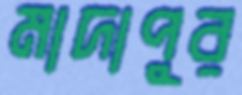
মাদাপুর